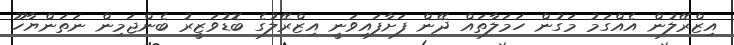
އިޒްރޭލުން އެއްގަމު މަގުން ހަމަލާތައް ދޭން ފަށާފައިވަނީ އިޒްރޭލުގެ ބޮޑުވަޒީރު ބެންޖަމިން ނަތަންޔާހޫ